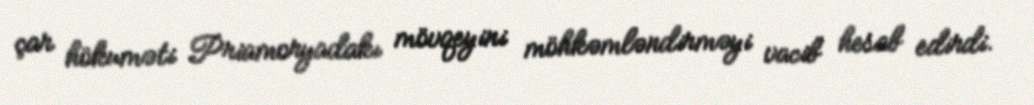
çar hökuməti Priamoryadakı mövqeyini möhkəmləndirməyi vacib hesab edirdi.